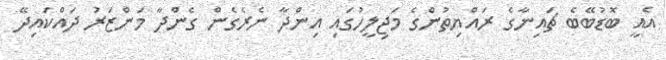
އެއީ ބޮޑުބޭބެ ޗައިނާގެ ރައްޔިތުންގެ މަޖިލީހުގައި އިންދާ ނެރެގެން ގެންދާ މަންޒަރު ދައްކައިދޭ